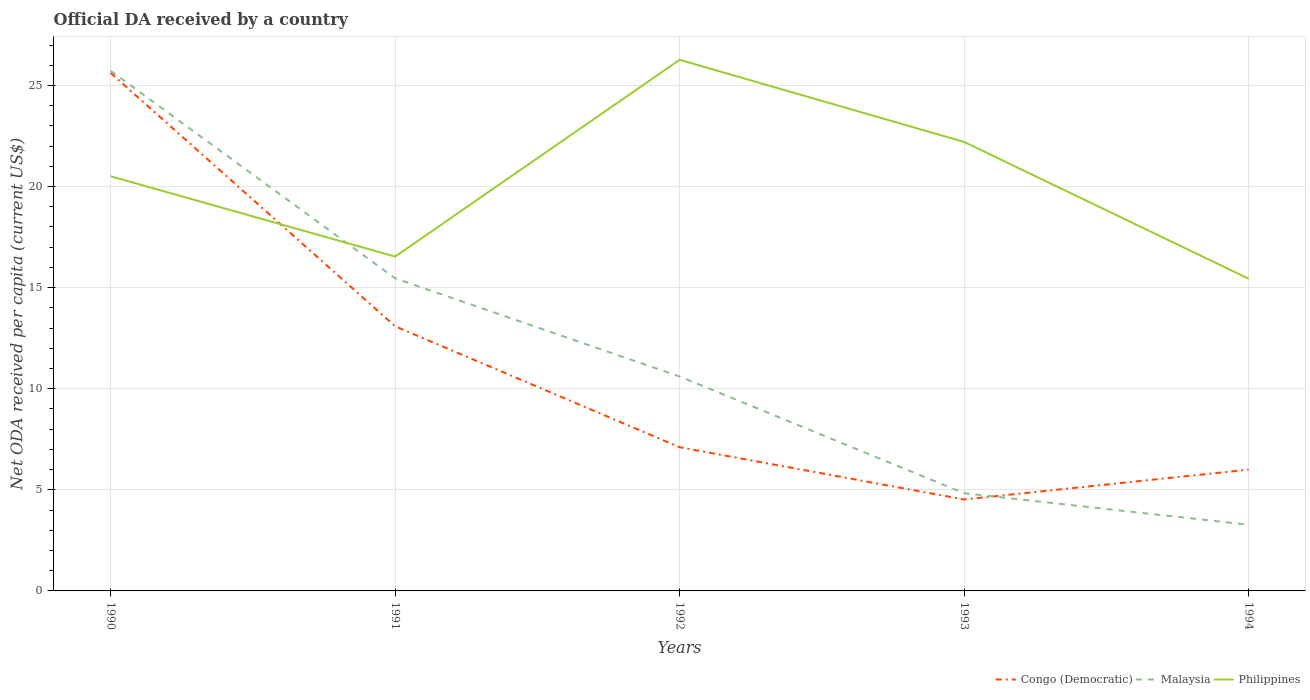
| Years | Congo (Democratic) | Malaysia | Philippines |
 | --- | --- | --- | --- |
 | 1990 | 25.6 | 25.7 | 20.5 |
 | 1991 | 13.1 | 15.5 | 16.5 |
 | 1992 | 7.11 | 10.6 | 26.3 |
 | 1993 | 4.52 | 4.83 | 22.2 |
 | 1994 | 6 | 3.27 | 15.4 |